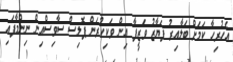
އެހުރިހާ ކަމަށް ބަލާއިރު ފަޔާޒު ވަޒީފާ އިން ވަކިކުރަން ޕޮލިސް ސާވިސްއިން ނިންމާފައި